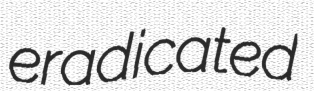
eradicated